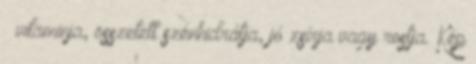
– vitaminja, összetett szénhidrátja, jó zsírja vagy rostja. Kép